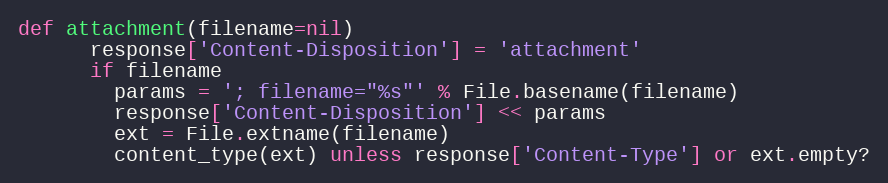
Language: Ruby
def attachment(filename=nil)
      response['Content-Disposition'] = 'attachment'
      if filename
        params = '; filename="%s"' % File.basename(filename)
        response['Content-Disposition'] << params
        ext = File.extname(filename)
        content_type(ext) unless response['Content-Type'] or ext.empty?